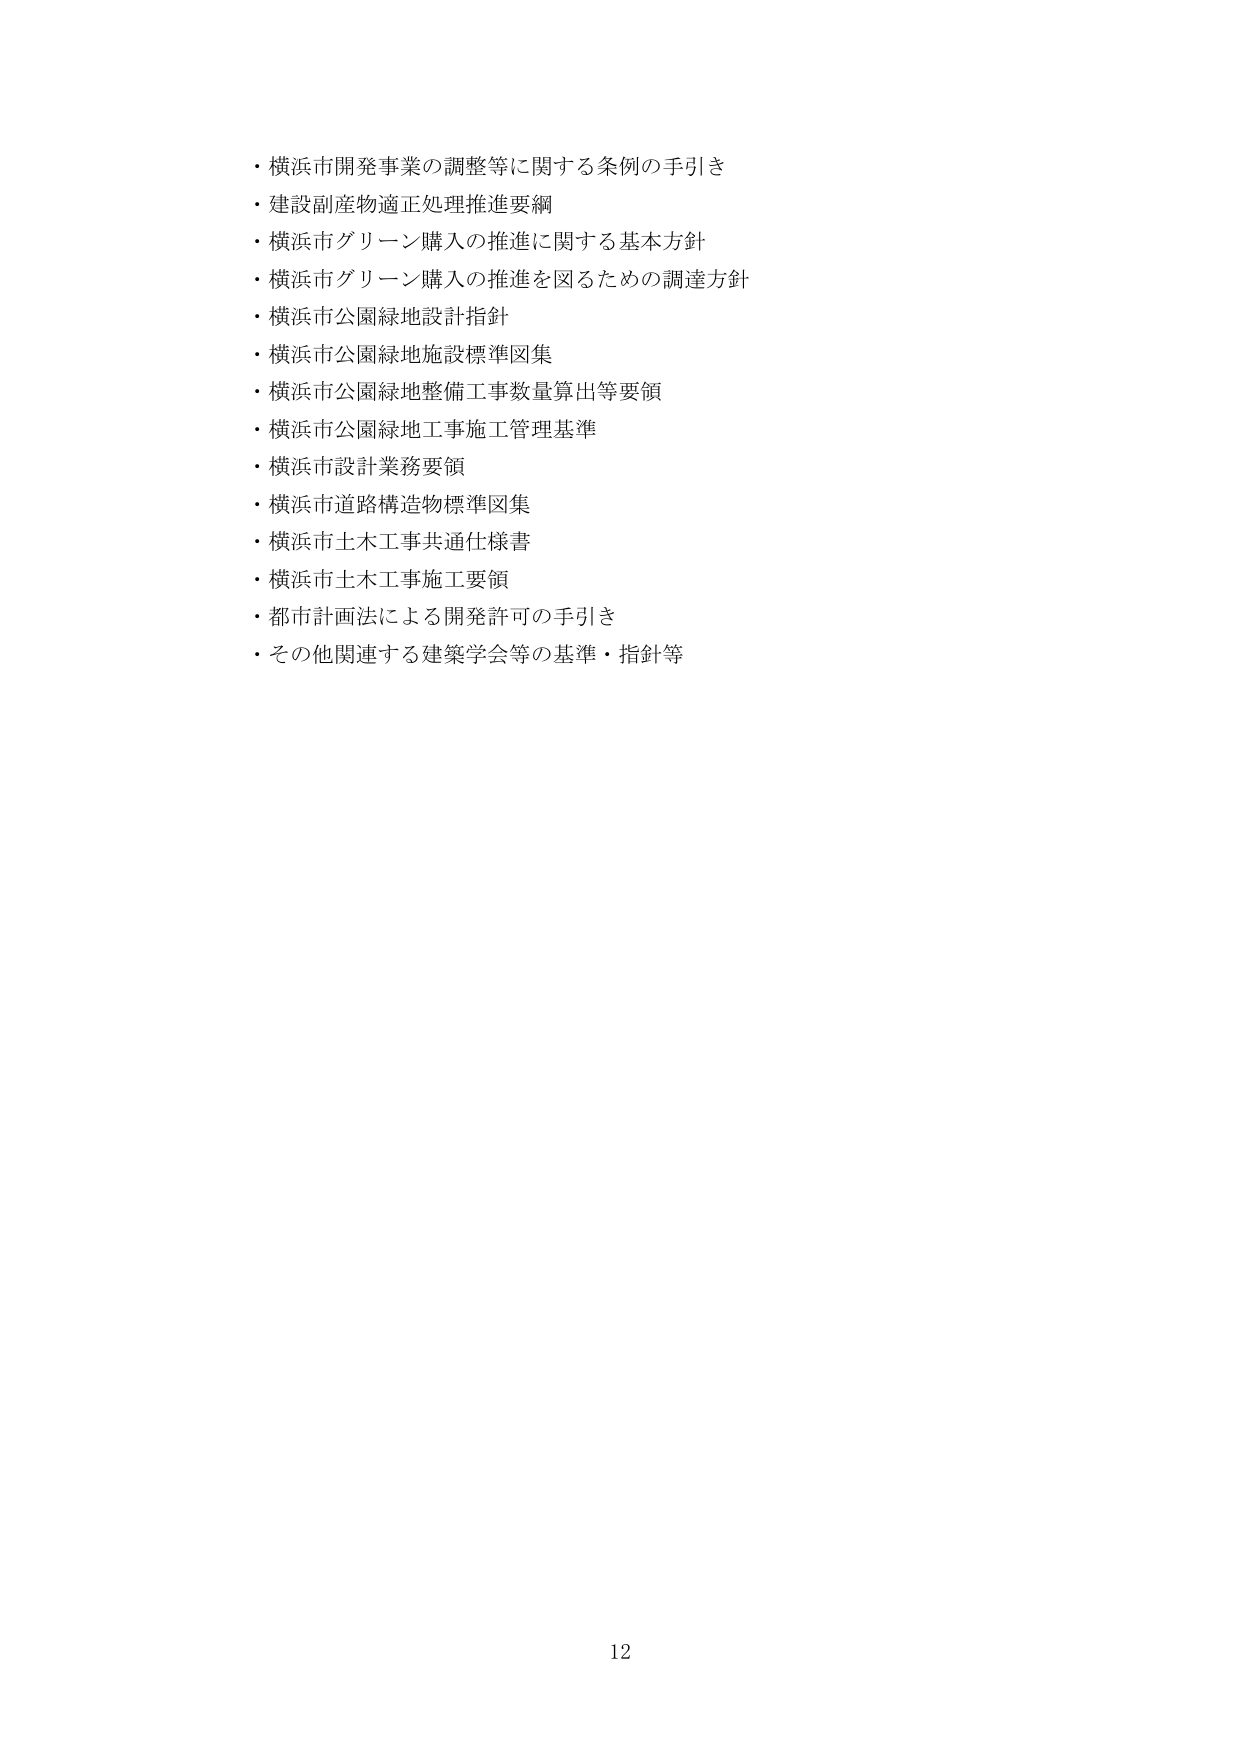
・横浜市開発事業の調整等に関する条例の手引き
・建設副産物適正処理推進要綱
・横浜市グリーン購入の推進に関する基本方針
・横浜市グリーン購入の推進を図るための調達方針
・横浜市公園緑地設計指針
・横浜市公園緑地施設標準図集
・横浜市公園緑地整備工事数量算出等要領
・横浜市公園緑地工事施工管理基準
・横浜市設計業務要領
・横浜市道路構造物標準図集
・横浜市土木工事共通仕様書
・横浜市土木工事施工要領
・都市計画法による開発許可の手引き
・その他関連する建築学会等の基準・指針等

12